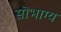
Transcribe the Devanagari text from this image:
सॊभाग्य